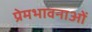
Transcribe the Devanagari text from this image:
प्रेमभावनाओं